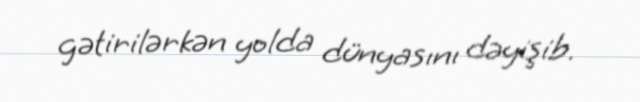
gətirilərkən yolda dünyasını dəyişib.